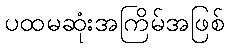
ပထမဆုံးအကြိမ်အဖြစ်